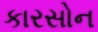
કારસોન